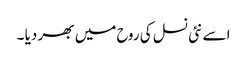
اسے نئی نسل کی روح میں بھر دیا ۔